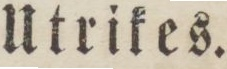
Utrikes.